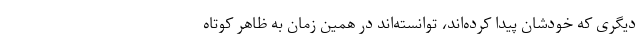
دیگری که خودشان پیدا کرده‌اند، توانسته‌اند در همین زمان به ظاهر کوتاه